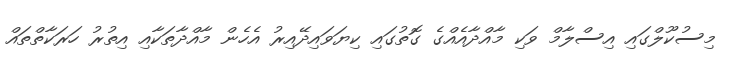
މިސުކޫލްގައި އިސްލާމް ވަކި މާއްދާއެއްގެ ގޮތުގައި ކިޔަވައިދޭއިރު އެހެން މާއްދާތަކާއި އިތުރު ހަރަކާތްތައް